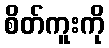
စိတ်ကူးကို